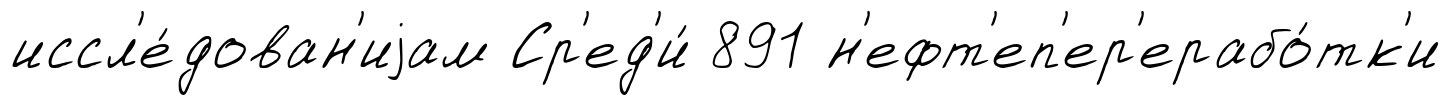
иссл'е́дован'иjам Ср'ед'и́ 891 н'ефт'еп'ер'ерабо́тк'и